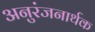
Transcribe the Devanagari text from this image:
अनुरंजनार्थक